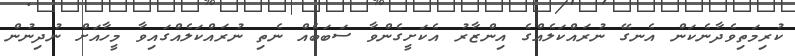
ކުރިމަތިވެދާނެކަން އެނގޭ ނުރައްކަލެއްގެ އިންޒާރު އެކަށީގެންވާ ސަބަބެއް ނެތި ނުރައްކަލެއްގައިވާ މީހާއަށް ނުދިނުން